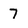
Character: 7